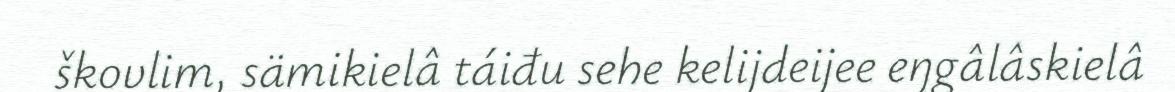
škovlim, sämikielâ táiđu sehe kelijdeijee eŋgâlâskielâ